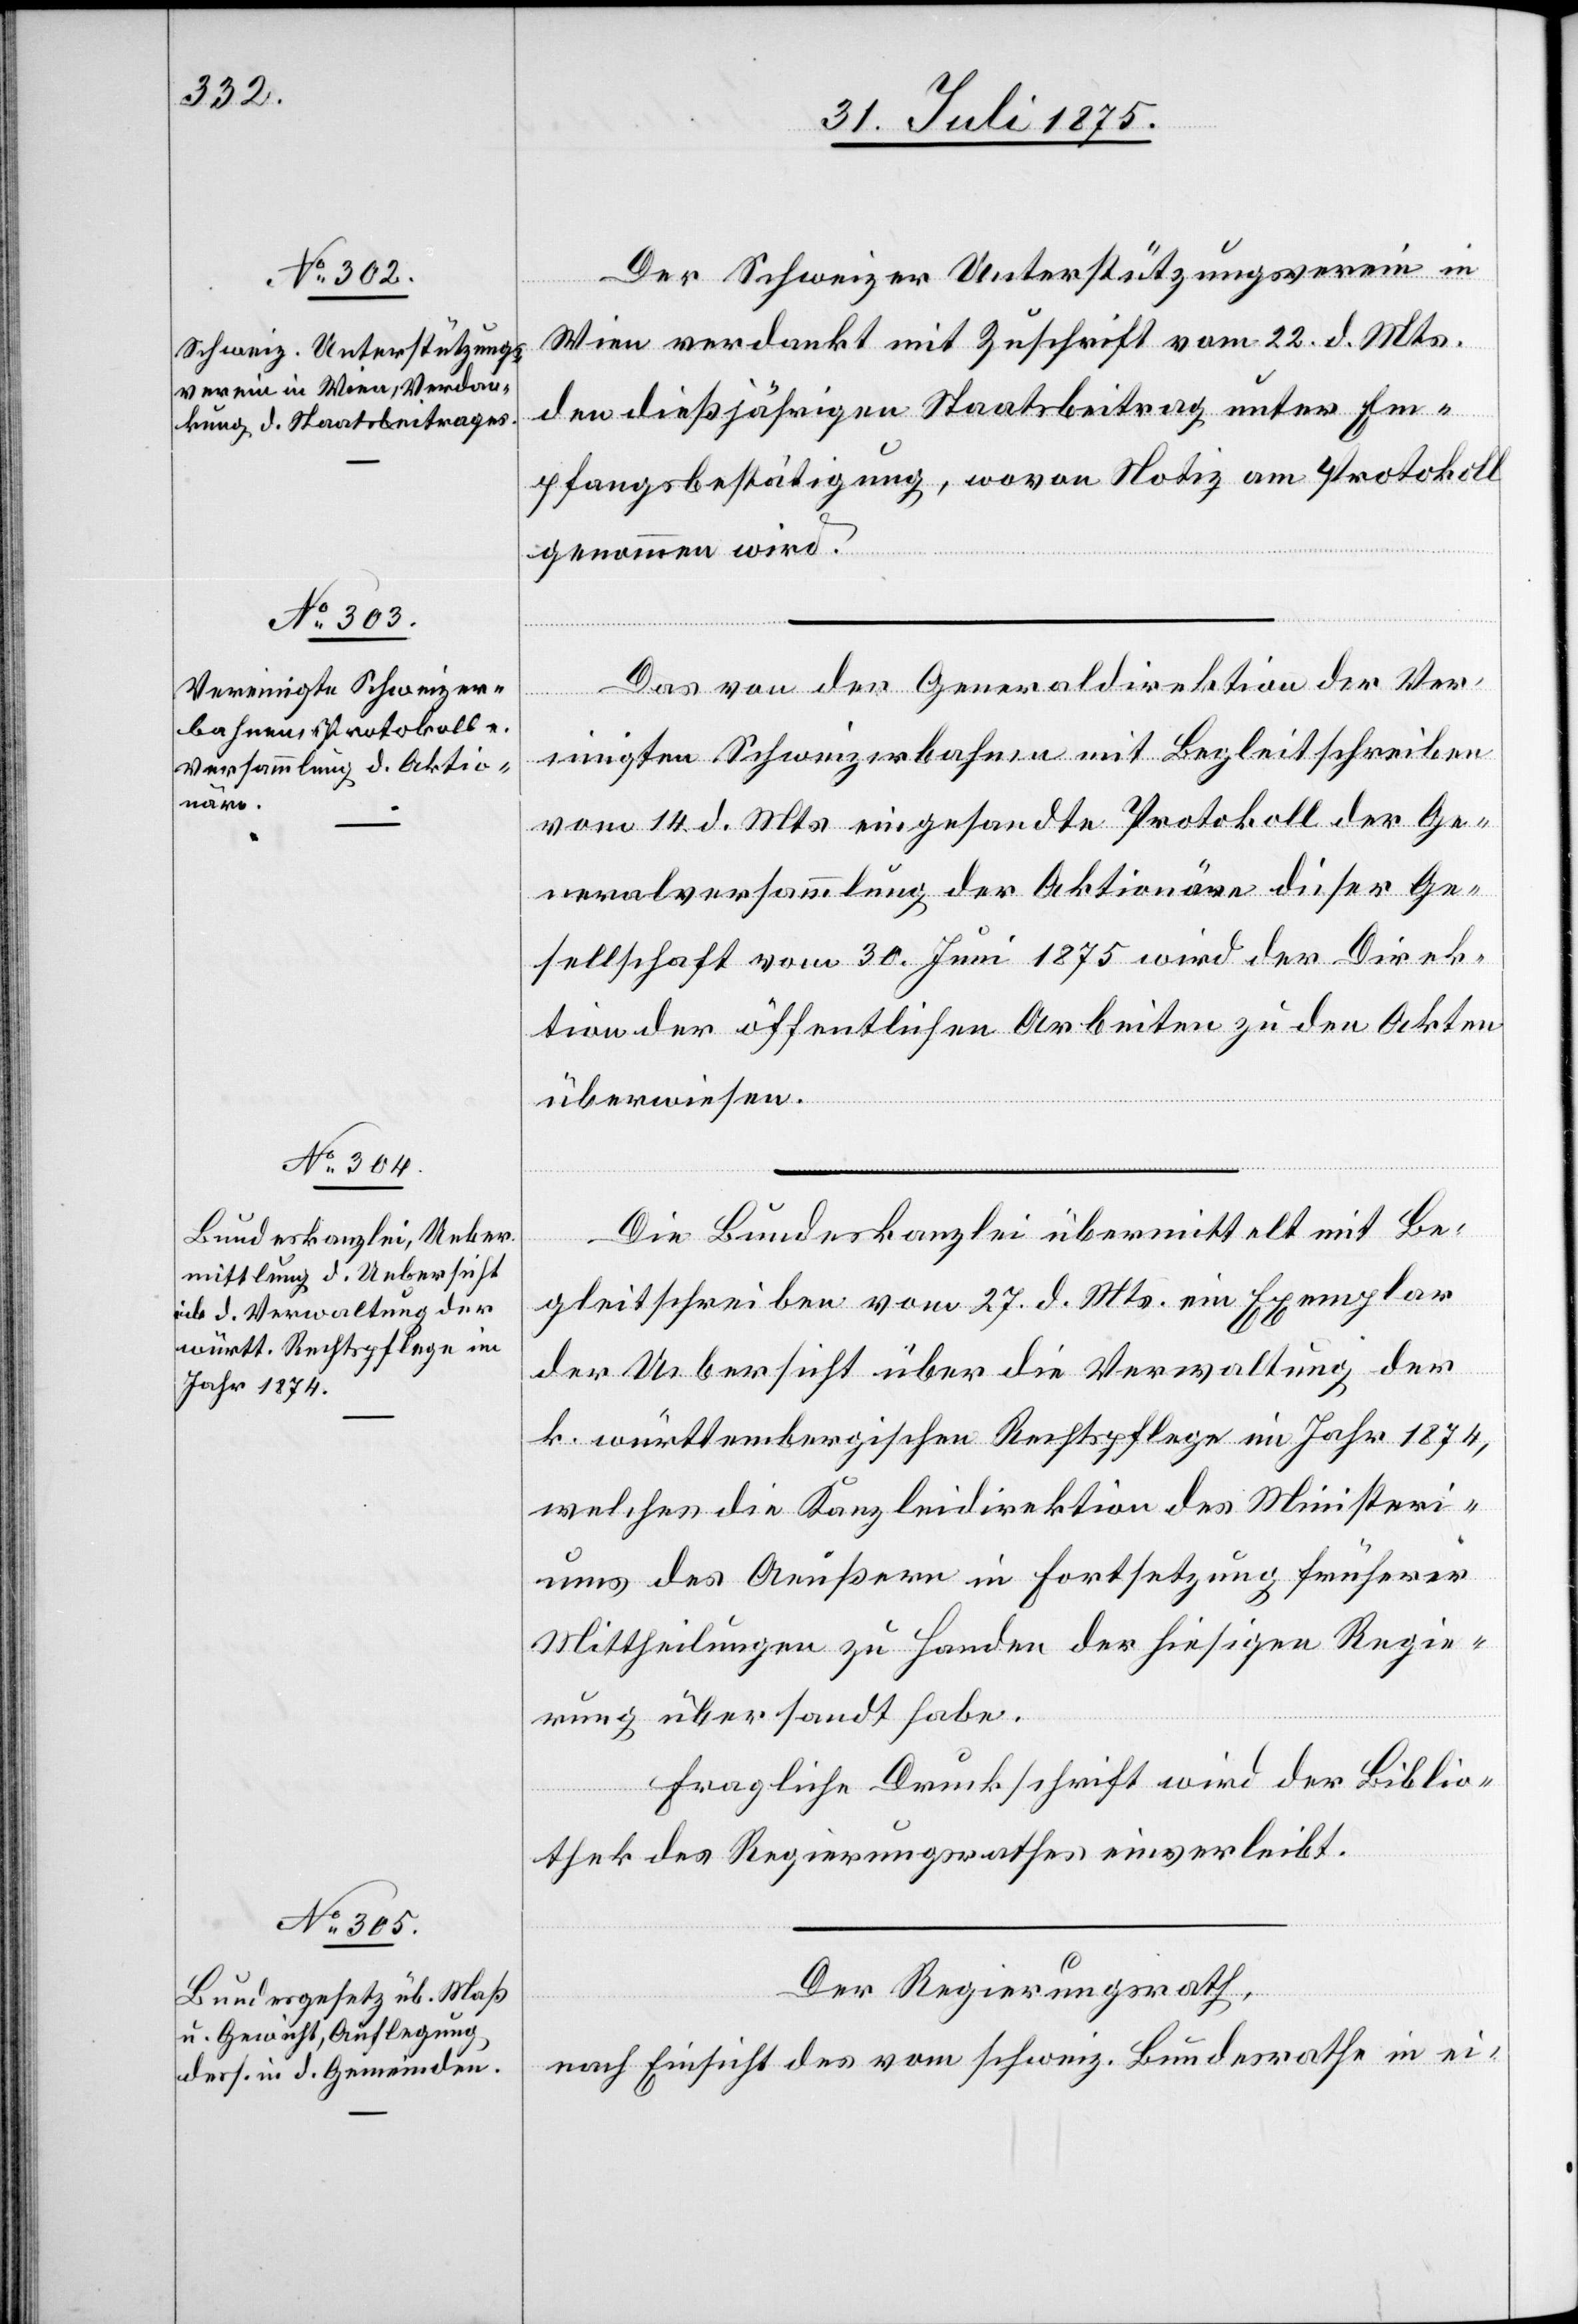
Der Schweizer Unterstützungsverein in
Wien verdankt mit Zuschrift vom 22. d. Mts.
den dießjährigen Staatsbeitrag unter Em¬
pfangsbestätigung, wovon Notiz am Protokoll
genommen wird.
Das von der Generaldirektion der Ver¬
einigten Schweizerbahnen mit Begleitschreiben
vom 14. d. Mts. eingesandte Protokoll der Ge¬
neralversammlung der Aktionäre dieser Ge¬
sellschaft vom 30. Juni 1875 wird der Direk¬
tion der öffentlichen Arbeiten zu den Akten
überwiesen.
Die Bundeskanzlei übermittelt mit Be¬
gleitschreiben vom 27. d. Mts. ein Exemplar
der Uebersicht über die Verwaltung der
k. württembergischen Rechtspflege im Jahr 1874,
welches die Kanzleidirektion des Ministeri¬
ums des Aeußern in Fortsetzung früherer
Mittheilungen zu Handen der hiesigen Regie¬
rung übersandt habe.
Fragliche Druckschrift wird der Biblio¬
thek des Regierungsrathes einverleibt.
Der Regierungsrath,
nach Einsicht des vom schweiz. Bundesrathe in ei-